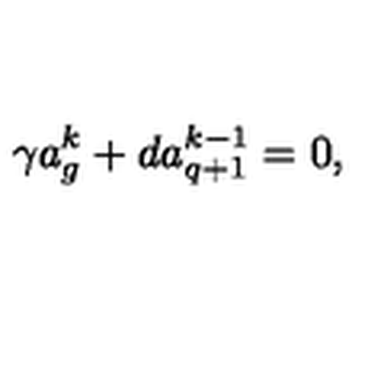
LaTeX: \gamma a _ { g } ^ { k } + d a _ { q + 1 } ^ { k - 1 } = 0 ,